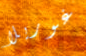
غوريلا